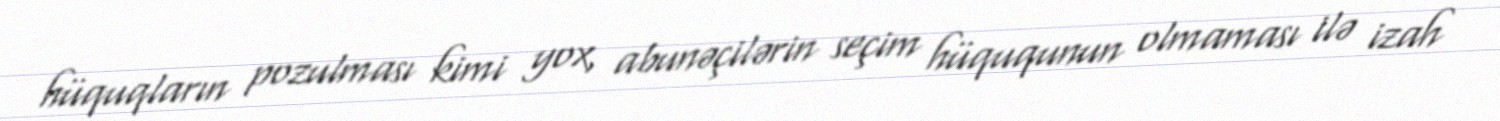
hüquqların pozulması kimi yox, abunəçilərin seçim hüququnun olmaması ilə izah